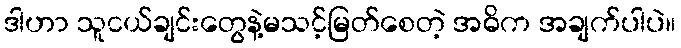
ဒါဟာ သူငယ်ချင်းတွေနဲ့မသင့်မြတ်စေတဲ့ အဓိက အချက်ပါပဲ။